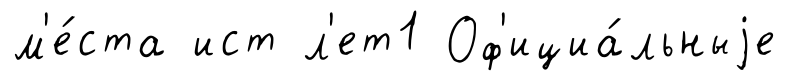
м'е́ста ист л'ет1 Оф'ициа́льныjе